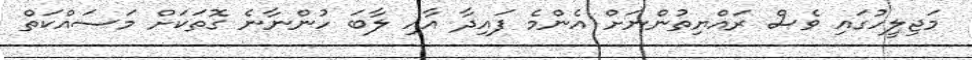
މަޖިލީހުގައި ވެސް ރައްޔިތުންނަށް އެންމެ ފައިދާ އާއި ލާބަ ހުންނާނެ ގޮތަކަށް މަސައްކަތް